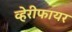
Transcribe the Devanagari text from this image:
व्हेरीफायर